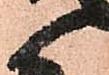
候